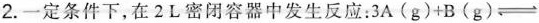
2.一定条件下，在2L密闭容器中发生反应：$$3A(g)+B(g)\rightleftharpoons $$